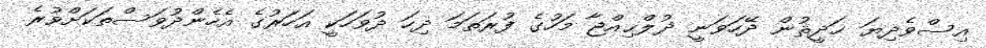
އިސްވެދިޔަ ޙަދީޘުން ދޭހަވަނީ ޛުލްޙިއްޖާ މަހުގެ ފުރަތަމަ ދިހަ ދުވަހަކީ އަހަރުގެ އެހެންދުވަސްތަކަށްވުރެ